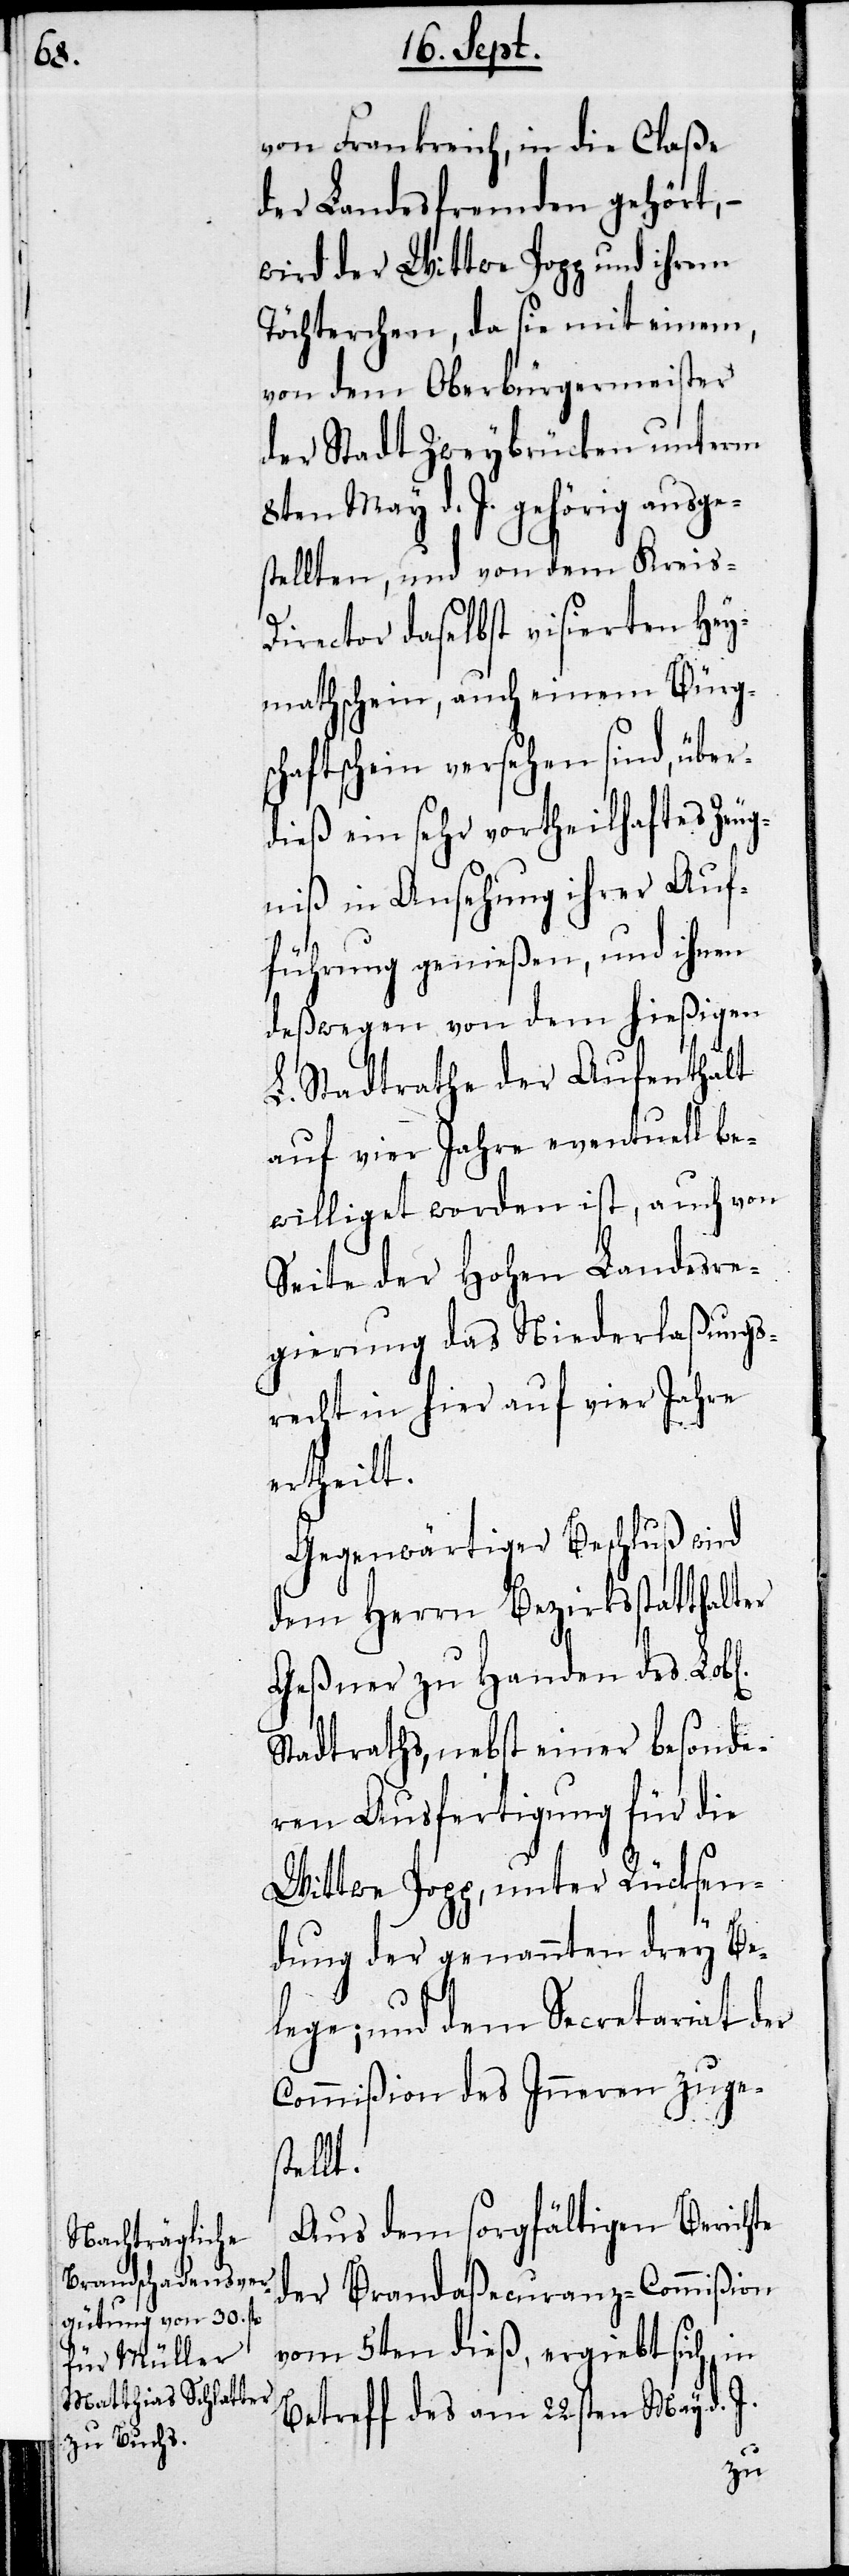
von Frankreich, in die Claße
der Landesfremden gehört, –
wird der Wittwe Popp und ihrem
Töchterchen, da sie mit einem
von dem Oberbürgermeister
der Stadt Zweybrücken unterm
8ten May d. J. gehörig ausge¬
stellten, und von dem Kreis-D¬
irector daselbst visierten Hey¬
mathschein, auch einem Bürgs¬
chaftschein versehen sind, über¬
dieß ein sehr vortheilhaftes Zeug¬
niß in Ansehung ihrer Auf¬
führung genießen, und ihnen
deßwegen von dem hießigen
L. Stadtrathe der Aufenthalt
auf vier Jahre eventuell be¬
williget worden ist, auch von
Seite der Hohen Landesre¬
gierung das Niederlaßungs¬
recht in hier auf vier Jahre
ertheilt.
Gegenwärtiger Beschluß wird
dem Herrn Bezirksstatthalter
Geßner zu Handen des Lobl.
Stadtraths, nebst einer besonde¬
ren Ausfertigung für die
Wittwe Popp, unter Rücksen¬
dung der genannten drey Be¬
lege; und dem Secretariat der
Commißion des Innern zuges¬
tellt.
Aus dem sorgfältigen Berichte
der Brandaßecuranz-Commißion
vom 5ten dieß ergiebt sich, in
Betreff des am 22sten May d. J.